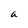
Character: a